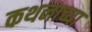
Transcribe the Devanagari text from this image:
कथनाच्या